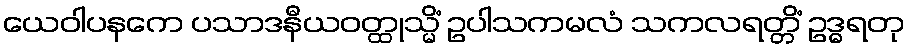
ယေဝါပနကေ ပသာဒနီယဝတ္ထုသ္မိံ ဥပါသကမလံ သကလရတ္တိံ ဥဒ္ဓရတု